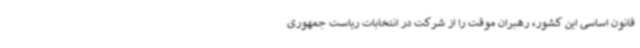
قانون اساسی این کشور، رهبران موقت را از شرکت در انتخابات ریاست جمهوری